画像に写った文字を読んでください
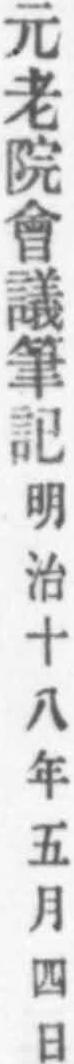
「元老院會議筆記明治十八年五月四日」と書いてあります